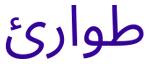
طوارئ